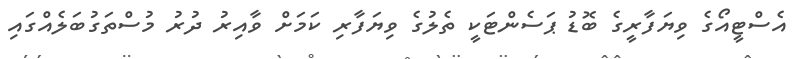
އެސްޓީއޯގެ ވިޔަފާރީގެ ބޮޑު ޕަސެންޓަކީ ތެލުގެ ވިޔަފާރި ކަމަށް ވާއިރު ދުރު މުސްތަގުބަލެއްގައި